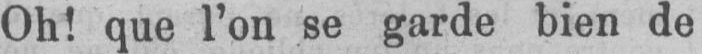
Oh! que l’on se garde bien de